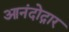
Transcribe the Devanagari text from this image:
आनंदोद्गार